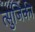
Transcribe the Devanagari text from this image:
त्सुजिकी